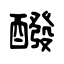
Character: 醱